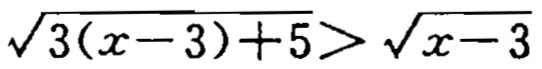
\(\sqrt{3(x - 3)+5}>\sqrt{x - 3}\)